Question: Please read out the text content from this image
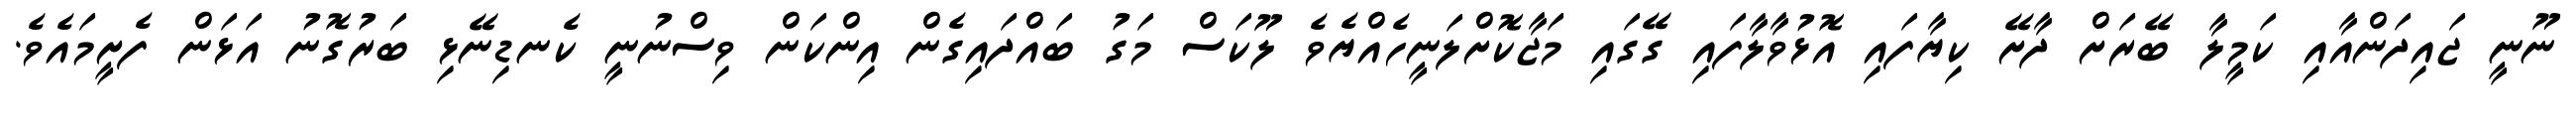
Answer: ނޫނީ ޖައިދަންއާއި ކަމީލާ ބޭރަށް ދާށޭ ކިޔާފައި އޮޅުވާލާފައި ގޭގައި މަޖާކޮށްލަނީހެއްޔެވެ ލޫކަސް މަގު ބައްދައިގެން އިންކަން ވިސްނުނީ ކެނޑިނޭޅި ބަރުގޮނު އަޅަން ފެށީމައެވެ.